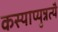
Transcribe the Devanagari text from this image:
कस्याप्युन्नत्यै